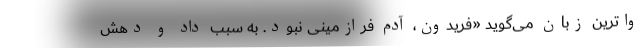
واترین زبان می‌گوید «فریدون، آدم فرازمینی نبود. به سبب داد و دهش